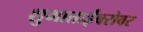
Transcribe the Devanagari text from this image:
शुभाताईंबरोबर